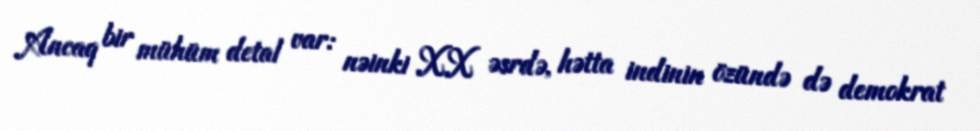
Ancaq bir mühüm detal var: nəinki XX əsrdə, hətta indinin özündə də demokrat